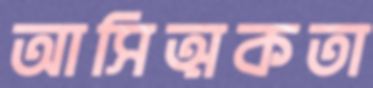
আসিত্মকতা